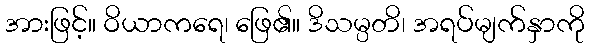
အားဖြင့်။ ဝိယာကရေ၊ ဖြေ၏။ ဒိသမ္ပတိ၊ အရပ်မျက်နှာကို